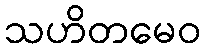
သဟိတမေဝ